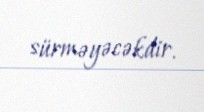
sürməyəcəkdir.